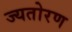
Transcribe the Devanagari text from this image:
ज्यतोरण